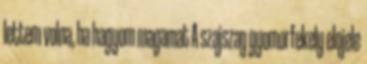
lettem volna, ha hagyom magamat A szajszag gyomorfekely elojele